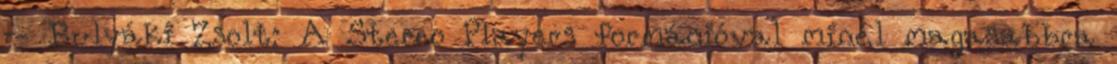
– Bulyáki Zsolt: A Stereo Players formációval minél magasabbra